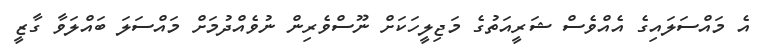
އެ މައްސަލައިގެ އެއްވެސް ޝަރީއަތުގެ މަޖިލީހަކަށް ނޫސްވެރިން ނުވެއްދުމަށް މައްސަލަ ބައްލަވާ ގާޒީ